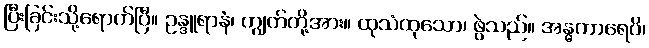
ပြီးခြင်းသို့ရောက်ပြီ။ ဥန္ဒူရာနံ၊ ကျွတ်တို့အား။ ထုသံထုသော၊ ဖွဲသည်။ အန္ဓကာရေပိ၊